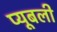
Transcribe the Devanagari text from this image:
प्यूबली